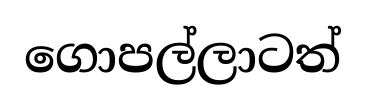
ගොපල්ලාටත්